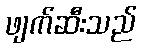
ဖျက်ဆီးသည်